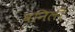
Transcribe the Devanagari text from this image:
वनिली